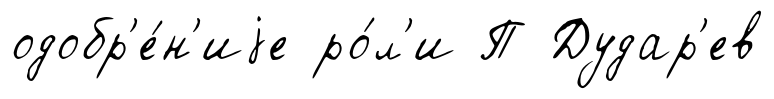
одобр'е́н'иjе ро́л'и П Дудар'ев